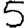
Digit: 5